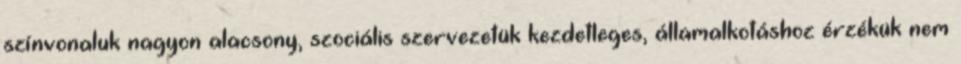
színvonaluk nagyon alacsony, szociális szervezetük kezdetleges, államalkotáshoz érzékük nem